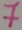
Text: 7